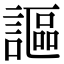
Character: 謳